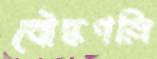
বৌদ্ধপল্লি